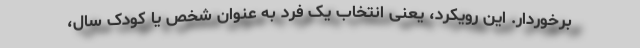
برخوردار. این رویکرد، یعنی انتخاب یک فرد به عنوان شخص یا کودک سال،